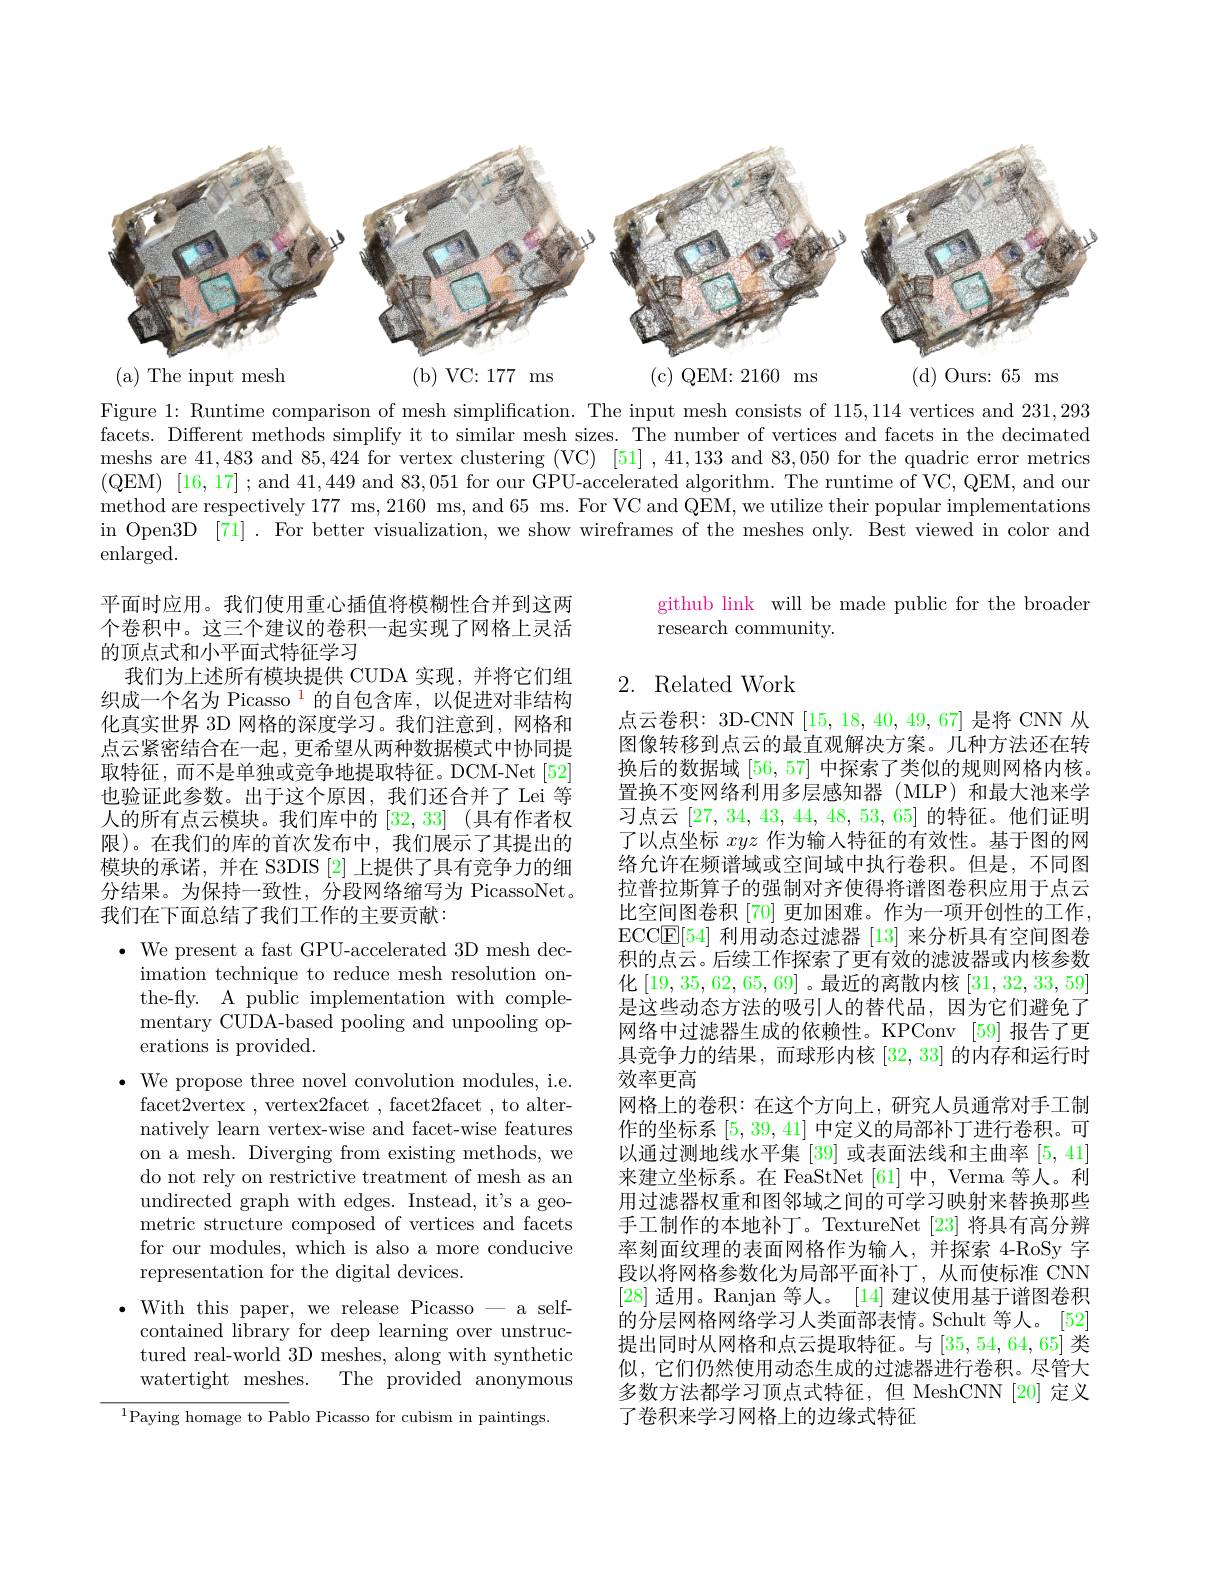
<FigureHere>

Figure 1: Runtime comparison of mesh simplification. The input mesh consists of 115,114 vertices and 231,293 facets. Different methods simplify it to similar mesh sizes. The number of vertices and facets in the decimated meshs are 41,483 and 85,424 for vertex clustering (VC) [51],41,133 and 83,050 for the quadric error metrics (QEM) [16,17]; and 41,449 and 83,051 for our GPU-accelerated algorithm. The runtime of VC, QEM, and our method are respectively 177 ms, 2160 ms, and 65 ms. For VC and QEM, we utilize their popular implementations in Open3D [71]. For better visualization, we show wireframes of the meshes only. Best viewed in color and enlarged.

github link will be made public for the broader
research community.

### 2. Related Work

平面时应用。我们使用重心插值将模糊性合并到这两个卷积中。这三个建议的卷积一起实现了网格上灵活的顶点式和小平面式特征学习
我们为上述所有模块提供 CUDA 实现，并将它们组织成一个名为 Picasso $^{\color{red}{1}}$的自包含库，以促进对非结构化真实世界 3D 网格的深度学习。我们注意到，网格和点云紧密结合在一起，更希望从两种数据模式中协同提取特征，而不是单独或竞争地提取特征。DCM-Net[52] 也验证此参数。出于这个原因，我们还合并了 Lei 等人的所有点云模块。我们库中的[32,33] (具有作者权限)。在我们的库的首次发布中，我们展示了其提出的模块的承诺，并在 S3DIS [2]上提供了具有竞争力的细分结果。为保持一致性，分段网络缩写为 PicassoNet. 我们在下面总结了我们工作的主要贡献：

$\bullet$ We present a fast GPU-accelerated 3D mesh decimation technique to reduce mesh resolution onthe-fly. A public implementation with complementary CUDA-based pooling and unpooling operations is provided.
$\bullet$ We propose three novel convolution modules, i.e.
facet2vertex , vertex2facet , facet2facet , to alternatively learn vertex-wise and facet-wise features on a mesh. Diverging from existing methods, we do not rely on restrictive treatment of mesh as an undirected graph with edges. Instead, it's a geometric structure composed of vertices and facets for our modules, which is also a more conducive representation for the digital devices.
$\bullet$ With this paper, we release Picasso - a self-
contained library for deep learning over unstructured real-world 3D meshes, along with synthetic watertight meshes. The provided anonymous

点云卷积：3D-CNN [15, 18, 40, 49, 67] 是将 CNN 从图像转移到点云的最直观解决方案。几种方法还在转换后的数据域[56,57]中探索了类似的规则网格内核。置换不变网络利用多层感知器(MLP)和最大池来学习点云[27,34,43,44,48,53,65]的特征。他们证明了以点坐标xyz作为输入特征的有效性。基于图的网络允许在频谱域或空间域中执行卷积。但是，不同图拉普拉斯算子的强制对齐使得将谱图卷积应用于点云比空间图卷积 [70] 更加困难。作为一项开创性的工作ECC$\boxed{\mathbb{E}}[54]$利用动态过滤器[13]来分析具有空间图卷积的点云。后续工作探索了更有效的滤波器或内核参数化$\left[19,35,62,65,69\right]$。最近的离散内核$\left[31,32,33,59\right]$ 是这些动态方法的吸引人的替代品，因为它们避免了网络中过滤器生成的依赖性。KPConv [59]报告了更具竞争力的结果，而球形内核[32,33]的内存和运行时效率更高
网格上的卷积：在这个方向上，研究人员通常对手工制作的坐标系[5,39,41]中定义的局部补丁进行卷积。可以通过测地线水平集[39]或表面法线和主曲率[5,41] 来建立坐标系。在 FeaStNet [61] 中，Verma 等人。利用过滤器权重和图邻域之间的可学习映射来替换那些手工制作的本地补丁。TextureNet [23] 将具有高分辨率刻面纹理的表面网格作为输人，并探索 4-RoSy 字段以将网格参数化为局部平面补丁，从而使标准 CNN [28]适用。Ranjan 等人。[14]建议使用基于谱图卷积的分层网格网络学习人类面部表情。Schult 等人。[52] 提出同时从网格和点云提取特征。与[35,54,64,65]类似，它们仍然使用动态生成的过滤器进行卷积。尽管大多数方法都学习顶点式特征，但 MeshCNN [20] 定义了卷积来学习网格上的边缘式特征

$^{1}$Paying homage to Pablo Picasso for cubism in paintings